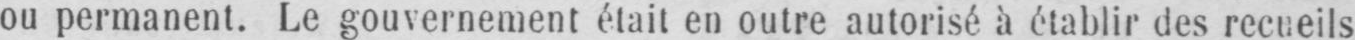
ou permanent. Le gouvernement était en outre autorisé à établir des recueils